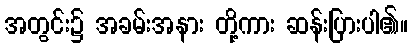
အတွင်း၌ အခမ်းအနား တို့ကား ဆန်းပြားပါ၏။